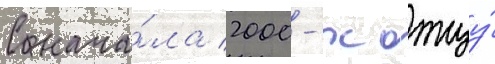
С нача́ла 2000-х отцу́